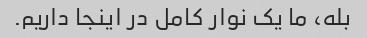
بله، ما یک نوار کامل در اینجا داریم.